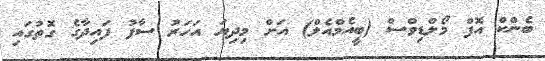
ބެންކް އޮފް މޯލްޑިވްސް (ބީއެމްއެލް) އަށް މިދިޔަ އަހަރު ސާފު ފައިދާގެ ގޮތުގައި